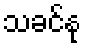
သခင်နု